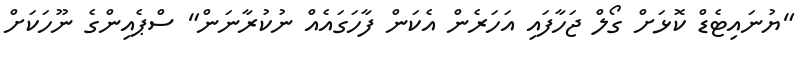
"ޔުނައިޓެޑް ކޮޅަށް ގޯލް ޖަހާފައި އަހަރެން އެކަން ފާހަގައެއް ނުކުރާނަން" ސްޕެއިންގެ ނޫހަކަށް